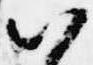
以